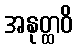
အနုတ္ထဝိ